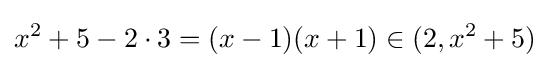
x^{2}+5-2\cdot 3=(x-1)(x+1)\in (2,x^{2}+5)